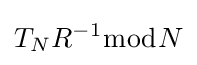
T_{N}R^{-1}{\bmod {N}}